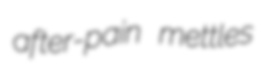
after-pain mettles